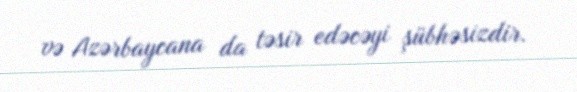
və Azərbaycana da təsir edəcəyi şübhəsizdir.